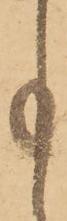
事